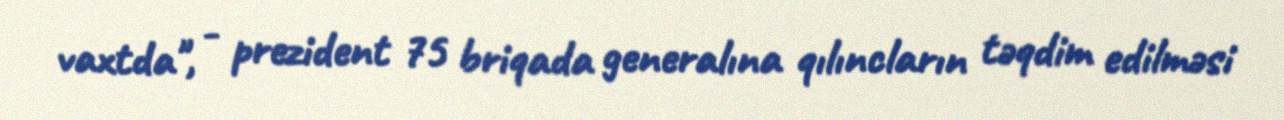
vaxtda", - prezident 75 briqada generalına qılıncların təqdim edilməsi